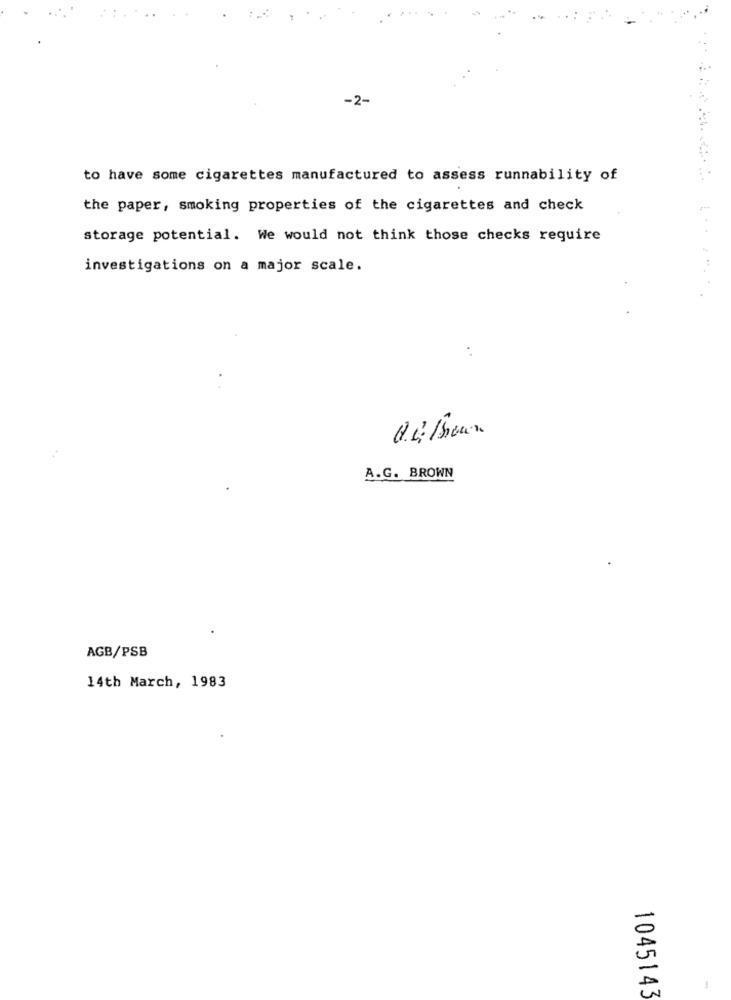
-2-
to have some cigarettes manufactured to assess runnability of
the paper, smoking properties of the cigarettes and check
storage potential. We would not think those checks require
investigations on a major scale.
A.G. BROWN
AGB/PSB
14th March, 1983
1045143